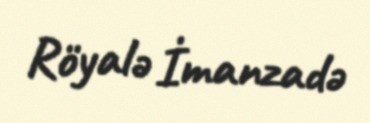
Röyalə İmanzadə